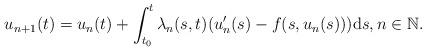
LaTeX: \begin{align*}u_{n+1}(t)=u_n(t)+\int_{t_0}^t\lambda_n(s,t)(u'_n(s)-f(s,u_n(s)))\mathrm{d}s, n\in\mathbb{N}.\end{align*}